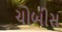
ચોબીસ